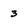
Character: 3